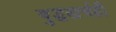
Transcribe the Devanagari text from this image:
युद्धखर्चही